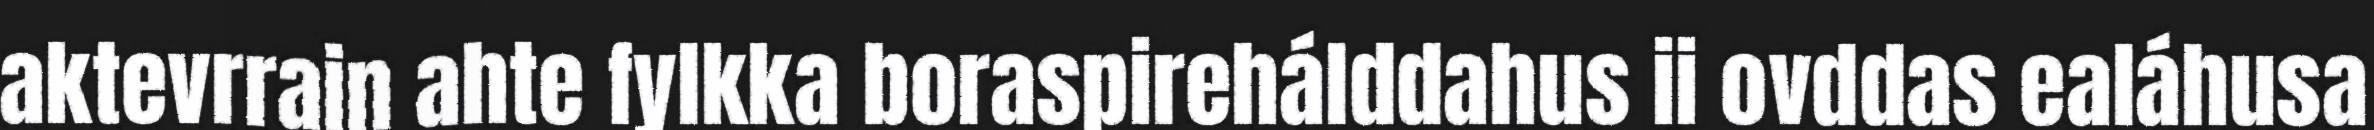
aktevrrain ahte fylkka boraspirehálddahus ii ovddas ealáhusa